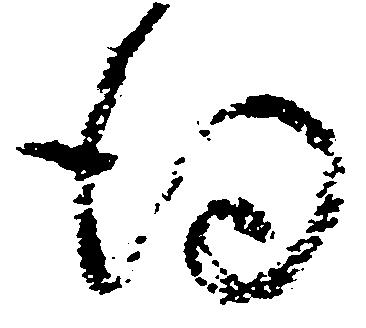
得